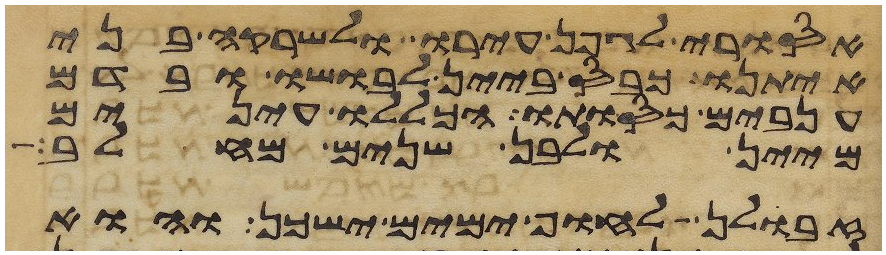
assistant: אסורי לגפן עירו ולשרקה בני
איתנו כבס ביין לבושו ובדם
ענבים כסותו חכלילו עינים
מיין ולבן שנים מחלב
זבולן לחוף ימים ישכן והוא